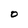
Character: O